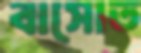
বাসোত